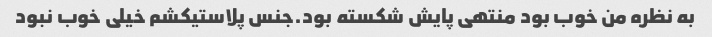
به نظره من خوب بود منتهی پایش شکسته بود.جنس پلاستیکشم خیلی خوب نبود